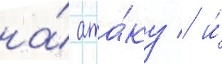
на́ ата́ку / и́